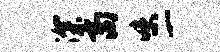
深商味一